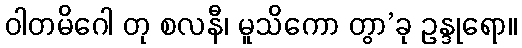
ဝါတမိဂေါ တု စလနီ၊ မူသိကော တွာ’ခု ဥန္ဒုရော။